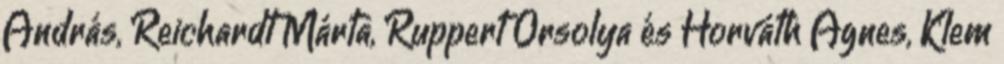
András, Reichardt Márta, Ruppert Orsolya és Horváth Ágnes, Klem